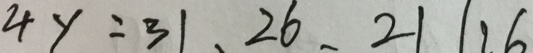
4 y = 3 1 , 2 6 , 2 1 1 1 6